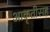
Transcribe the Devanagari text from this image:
आकृतीसह